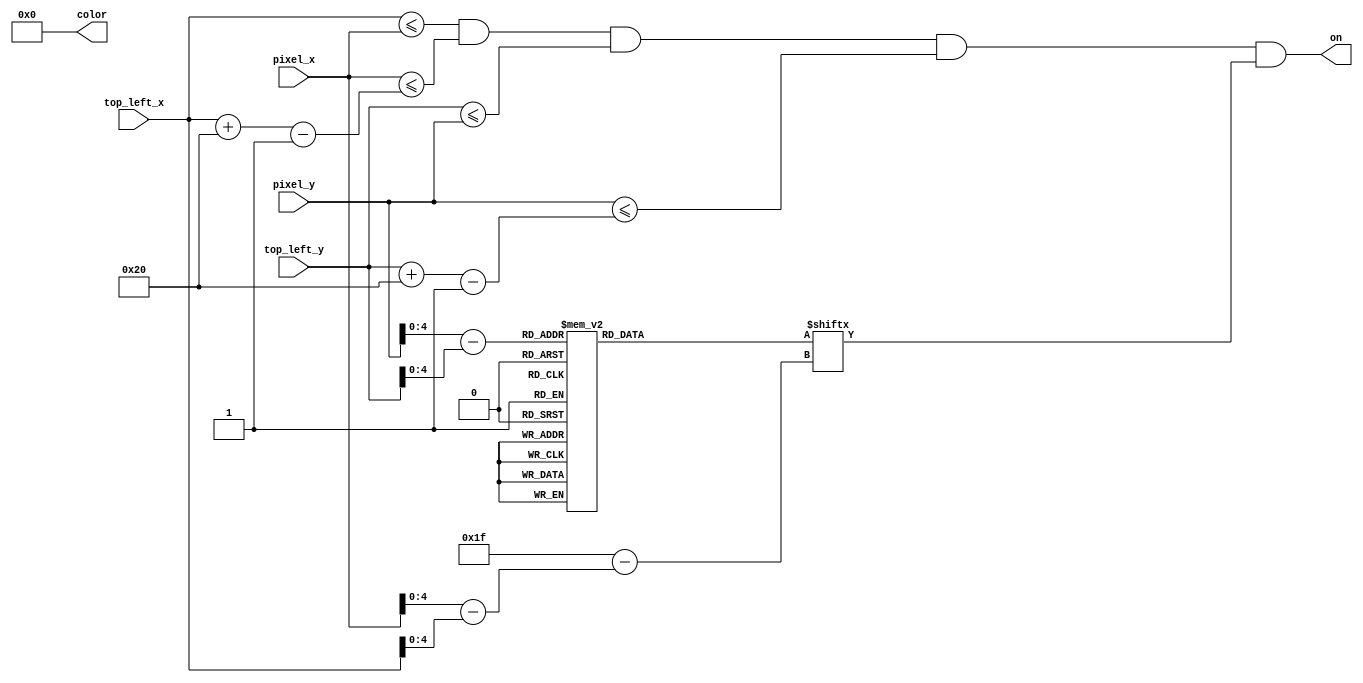
`timescale 1ns / 1ps

module cursor
    (
        input [9:0] pixel_x, pixel_y,
        input [9:0] top_left_x, top_left_y,
        output on,
        output reg [11:0] color
    );
    
    // load in and declare position and sizing of number
    localparam FOOTPRINT = 32;                                 
    wire [9:0] C_X_L = top_left_x;                   
    wire [9:0] C_Y_T = top_left_y;                  
    wire [9:0] C_X_R = C_X_L + FOOTPRINT - 1;
    wire [9:0] C_Y_B = C_Y_T + FOOTPRINT - 1;
    
    // declare signals to check
    wire [4:0] rom_addr, rom_col;
    wire rom_bit;
    wire sq_on;
    reg [0:31] rom_data;
    
    // check current position of pixel
    assign rom_addr = pixel_y[4:0] - C_Y_T[4:0];
    assign rom_col = pixel_x[4:0] - C_X_L[4:0];
    assign rom_bit = rom_data[rom_col];
    
    // enable on if within foot print
    assign sq_on =
       (C_X_L<=pixel_x) && (pixel_x<=C_X_R) &&
       (C_Y_T<=pixel_y) && (pixel_y<=C_Y_B);
    
    //enable
    assign on = sq_on & rom_bit;
    
    // determine number to output
    always @* begin
        color = 12'b000000000000; // black
        case (rom_addr)
            5'd0:  rom_data <=    32'b1111111111111111_1111111111111111;
            5'd1:  rom_data <=    32'b1111000000000000_0000000000001111;
            5'd2:  rom_data <=    32'b1111000000000000_0000000000001111;
            5'd3:  rom_data <=    32'b1111100000000000_0000000000011111;
            5'd4:  rom_data <=    32'b1001100000000000_0000000000011001;
            5'd5:  rom_data <=    32'b1000010000000000_0000000000100001;
            5'd6:  rom_data <=    32'b1000000000000000_0000000000000001;
            5'd7:  rom_data <=    32'b1000000000000000_0000000000000001;
            5'd8:  rom_data <=    32'b1000000000000000_0000000000000001;
            5'd9:  rom_data <=    32'b1000000000000000_0000000000000001;
            5'd10: rom_data <=    32'b1000000000000000_0000000000000001;
            5'd11: rom_data <=    32'b1000000000000000_0000000000000001;
            5'd12: rom_data <=    32'b1000000000000000_0000000000000001;
            5'd13: rom_data <=    32'b1000000000000000_0000000000000001;
            5'd14: rom_data <=    32'b1000000000000000_0000000000000001;         
            5'd15: rom_data <=    32'b1000000000000000_0000000000000001;
            5'd16: rom_data <=    32'b1000000000000000_0000000000000001;   
            5'd17: rom_data <=    32'b1000000000000000_0000000000000001;   
            5'd18: rom_data <=    32'b1000000000000000_0000000000000001;   
            5'd19: rom_data <=    32'b1000000000000000_0000000000000001;   
            5'd20: rom_data <=    32'b1000000000000000_0000000000000001;   
            5'd21: rom_data <=    32'b1000000000000000_0000000000000001;   
            5'd22: rom_data <=    32'b1000000000000000_0000000000000001;   
            5'd23: rom_data <=    32'b1000000000000000_0000000000000001;   
            5'd24: rom_data <=    32'b1000000000000000_0000000000000001;
            5'd25: rom_data <=    32'b1000000000000000_0000000000000001;   
            5'd26: rom_data <=    32'b1000100000000000_0000000000100001;   
            5'd27: rom_data <=    32'b1001100000000000_0000000000011001;   
            5'd28: rom_data <=    32'b1111100000000000_0000000000011111;   
            5'd29: rom_data <=    32'b1111000000000000_0000000000001111;
            5'd30: rom_data <=    32'b1111000000000000_0000000000001111;
            5'd31: rom_data <=    32'b1111111111111111_1111111111111111;
        endcase
    end
endmodule